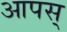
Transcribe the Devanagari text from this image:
आपस्‌